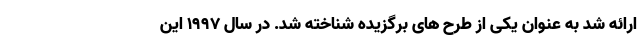
ارائه شد به عنوان یکی از طرح های برگزیده شناخته شد. در سال ۱۹۹۷ این